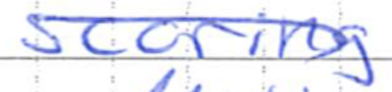
Text: scoring
Cross-out: diagonal
Writing tool: ballpoint